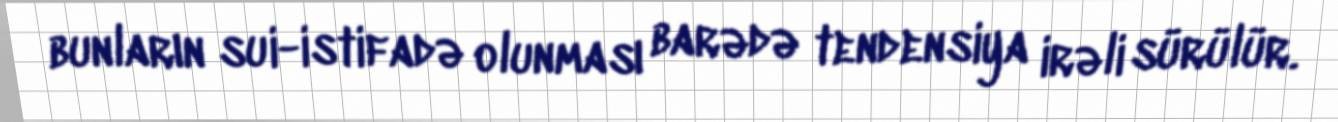
bunların sui-istifadə olunması barədə tendensiya irəli sürülür.